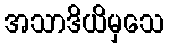
အသာဒိယိမှသေ